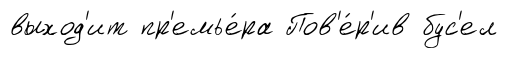
выход'ит пр'емье́ра Пов'е́р'ив бус'ел